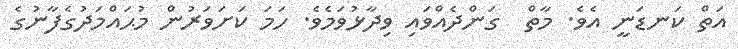
އަތް ކަނޑަނީ އެވެ. މާތް  ގަންދެއްވައި ވިދާޅުވަމެވެ. ހަމަ ކަށަވަރުން މުޙައްމަދުގެފާނުގެ